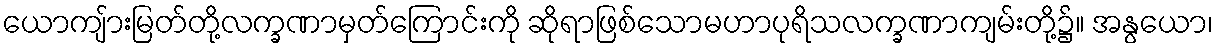
ယောကျ်ားမြတ်တို့လက္ခဏာမှတ်ကြောင်းကို ဆိုရာဖြစ်သောမဟာပုရိသလက္ခဏာကျမ်းတို့၌။ အနွယော၊